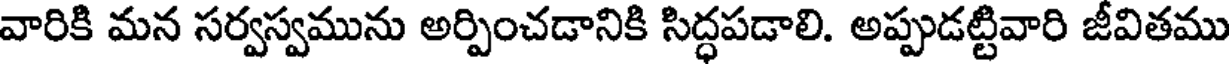
వారికి మన సర్వస్వమును అర్పించడానికి సిద్ధపడాలి. అప్పుడట్టివారి జీవితము